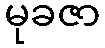
မုခဇာ